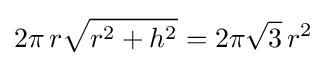
2\pi \,r{\sqrt {r^{2}+h^{2}}}=2\pi {\sqrt {3}}\,r^{2}